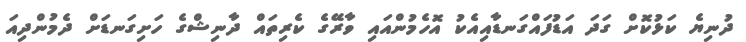
ދުނިޔެ ކަޅުކޮށް ގަދަ އަޑުފައްގަނޑާއިއެކު އޮހެމުންއައި ވާރޭގެ ކެރިތައް ދާނިޝްގެ ހަށިގަނޑަަށް ދެމުންދިއަ